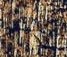
إيجاده